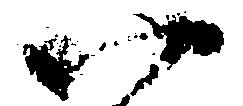
以